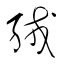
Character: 絨